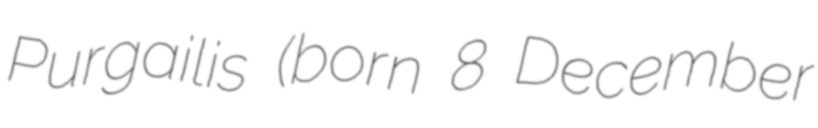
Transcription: Purgailis (born 8 December